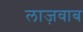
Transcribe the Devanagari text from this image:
लाज़वाब